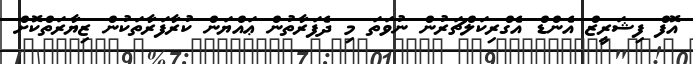
އޮފް ފިޝަރީޒް އެންޑް އެގްރިކަލްޗަރުން ނުވަތަ މި ދެފަރާތުން ޢައްޔަން ކުރާފަރާތަކުން ޒިޔާރަތްކޮށް